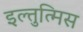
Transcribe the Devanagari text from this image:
इल्तुत्मिस